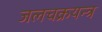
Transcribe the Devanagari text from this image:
जलचक्रयन्त्र